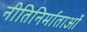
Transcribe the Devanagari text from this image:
नीतिनिर्माताओं